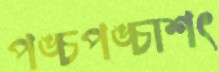
পঙ্চপঙ্চাশৎ